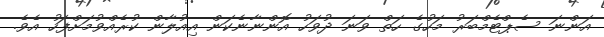
އަންނަ ސެޕްޓެމްބަރު މަހުގެ ހަތް ވަނަ ދުވަހު އޮންނާނެކަން އިއުލާން ކުރެއްވުމަށްފަހު އެވެ.